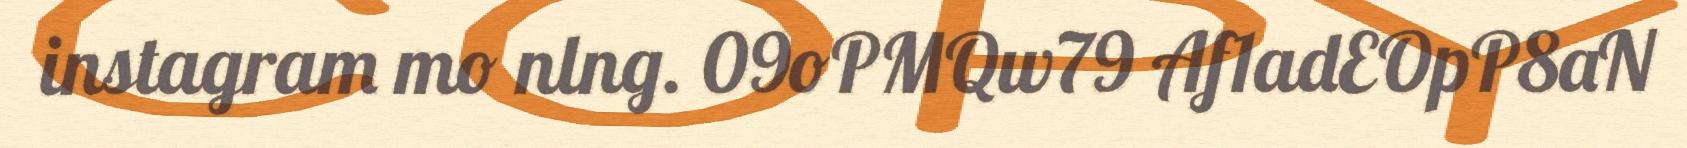
instagram mo nlng. 09oPMQw79 Af1adEOpP8aN